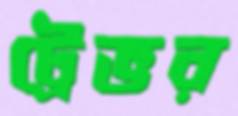
ট্রেভর